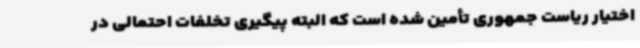
اختیار ریاست جمهوری تأمین شده است که البته پیگیری تخلفات احتمالی در